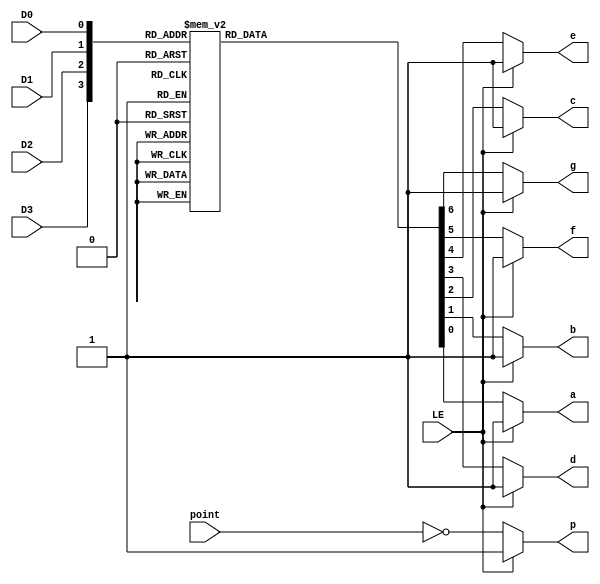
module MyMC14495(
    input D0, D1, D2, D3, // 4
    input LE, // 
    input point, // 
    output reg p,
    output reg a, b, c, d, e, f, g // 
);

always @(*) begin
    if (LE) begin // 
        a = 1'b1;
        b = 1'b1;
        c = 1'b1;
        d = 1'b1;
        e = 1'b1;
        f = 1'b1;
        g = 1'b1;
        p = 1'b1;
    end
    else begin
        p = ~point;

        case ({D3, D2, D1, D0})
            4'h0: begin
                a = 1'b0;
                b = 1'b0;
                c = 1'b0;
                d = 1'b0;
                e = 1'b0;
                f = 1'b0;
                g = 1'b1;
            end

            4'h1: begin
                a = 1'b1;
                b = 1'b0;
                c = 1'b0;
                d = 1'b1;
                e = 1'b1;
                f = 1'b1;
                g = 1'b1;
            end

            4'h2: begin
                a = 1'b0;
                b = 1'b0;
                c = 1'b1;
                d = 1'b0;
                e = 1'b0;
                f = 1'b1;
                g = 1'b0;
            end

            4'h3: begin
                a = 1'b0;
                b = 1'b0;
                c = 1'b0;
                d = 1'b0;
                e = 1'b1;
                f = 1'b1;
                g = 1'b0;
            end

            4'h4: begin
                a = 1'b1;
                b = 1'b0;
                c = 1'b0;
                d = 1'b1;
                e = 1'b1;
                f = 1'b0;
                g = 1'b0;
            end

            4'h5: begin
                a = 1'b0;
                b = 1'b1;
                c = 1'b0;
                d = 1'b0;
                e = 1'b1;
                f = 1'b0;
                g = 1'b0;
            end

            4'h6: begin
                a = 1'b0;
                b = 1'b1;
                c = 1'b0;
                d = 1'b0;
                e = 1'b0;
                f = 1'b0;
                g = 1'b0;
            end

            4'h7: begin
                a = 1'b0;
                b = 1'b0;
                c = 1'b0;
                d = 1'b1;
                e = 1'b1;
                f = 1'b1;
                g = 1'b1;
            end

            4'h8: begin
                a = 1'b0;
                b = 1'b0;
                c = 1'b0;
                d = 1'b0;
                e = 1'b0;
                f = 1'b0;
                g = 1'b0;
            end

            4'h9: begin
                a = 1'b0;
                b = 1'b0;
                c = 1'b0;
                d = 1'b0;
                e = 1'b1;
                f = 1'b0;
                g = 1'b0;
            end

            4'ha: begin
                a = 1'b0;
                b = 1'b0;
                c = 1'b0;
                d = 1'b1;
                e = 1'b0;
                f = 1'b0;
                g = 1'b0;
            end

            4'hb: begin
                a = 1'b1;
                b = 1'b1;
                c = 1'b0;
                d = 1'b0;
                e = 1'b0;
                f = 1'b0;
                g = 1'b0;
            end

            4'hc: begin
                a = 1'b0;
                b = 1'b1;
                c = 1'b1;
                d = 1'b0;
                e = 1'b0;
                f = 1'b0;
                g = 1'b1;
            end

            4'hd: begin
                a = 1'b1;
                b = 1'b0;
                c = 1'b0;
                d = 1'b0;
                e = 1'b0;
                f = 1'b1;
                g = 1'b0;
            end

            4'he: begin
                a = 1'b0;
                b = 1'b1;
                c = 1'b1;
                d = 1'b0;
                e = 1'b0;
                f = 1'b0;
                g = 1'b0;
            end

            4'hf: begin
                a = 1'b0;
                b = 1'b1;
                c = 1'b1;
                d = 1'b1;
                e = 1'b0;
                f = 1'b0;
                g = 1'b0;
            end
        endcase
    end
end

endmodule